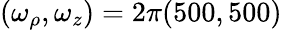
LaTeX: (\omega_{\rho},\omega_{z})=2\pi(500,500)